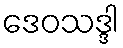
ဒေဝသဒ္ဒါ